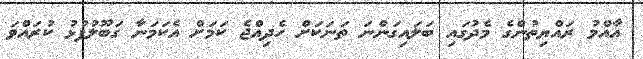
އާއްމު ރައްޔިތުންގެ މެދުގައި ބަލައިގަންނަ ތަނަކަށް ހެދިއްޖެ ކަމަށް އެކަމަނާ ގަބޫލުފުޅު ކުރައްވަ